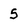
Character: 5